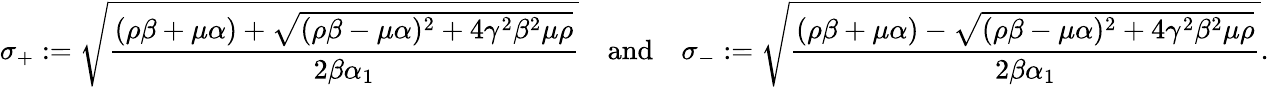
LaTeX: \sigma_{+}:=\sqrt{\frac{(\rho\beta+\mu\alpha)+\sqrt{(\rho\beta-\mu\alpha)^{2}+4\gamma^{2}\beta^{2}\mu\rho}}{2\beta\alpha_{1}}}\quad\mathrm{and}\quad\sigma_{-}:=\sqrt{\frac{(\rho\beta+\mu\alpha)-\sqrt{(\rho\beta-\mu\alpha)^{2}+4\gamma^{2}\beta^{2}\mu\rho}}{2\beta\alpha_{1}}}.